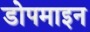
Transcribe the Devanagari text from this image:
डोपमाइन